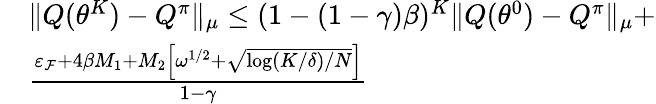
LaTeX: \begin{array}{rl}&{\| Q(\theta^{K})-Q^{\pi}\| _{\mu}\leq(1-(1-\gamma)\beta)^{K}\| Q(\theta^{0})-Q^{\pi}\| _{\mu}+}\\ &{\frac{\varepsilon_{\mathcal{F}}+4\beta M_{1}+M_{2}\left[\omega^{1/2}+\sqrt{\log(K/\delta)/N}\right]}{1-\gamma}}\end{array}